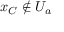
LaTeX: x _ { C } \notin U _ { a }